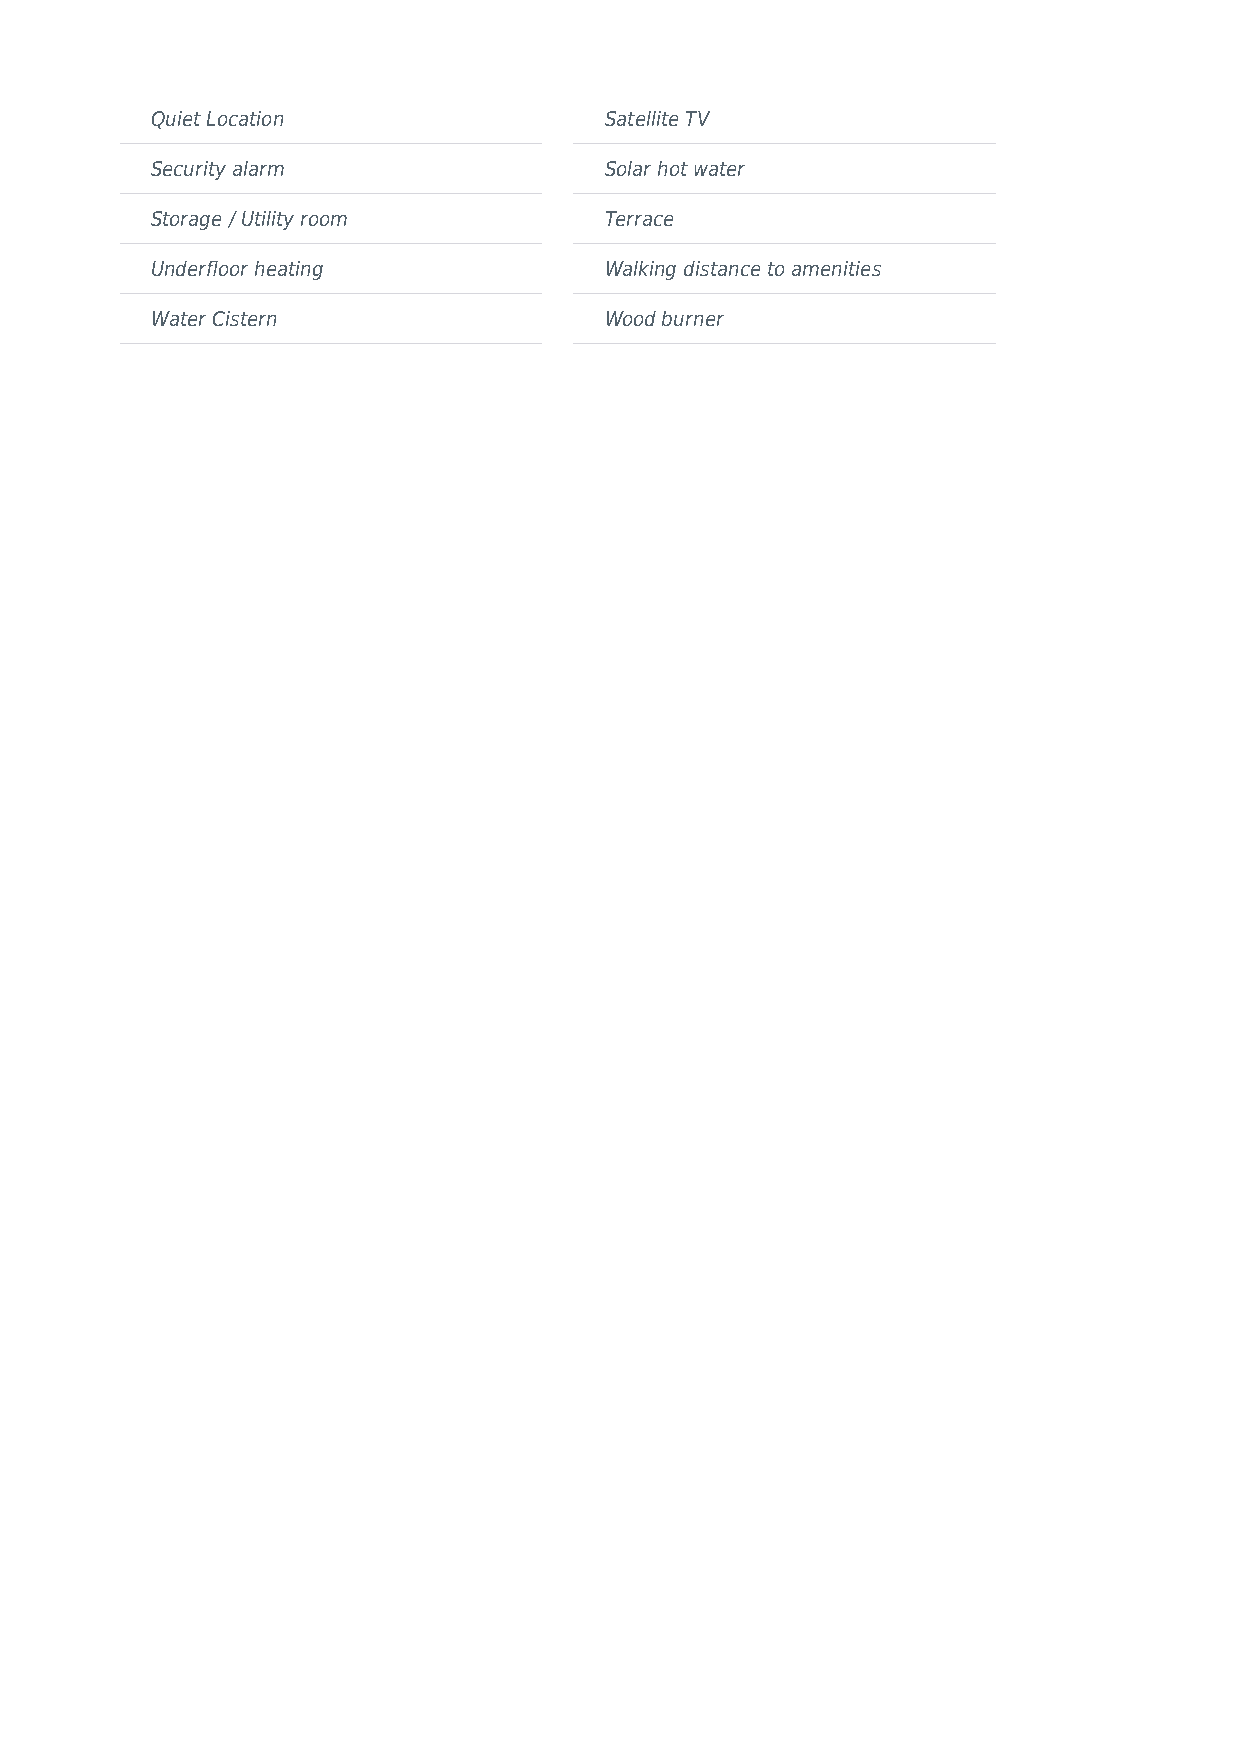
Quiet Location                Satellite TV
 Security alarm                Solar hot water
 Storage / Utility room        Terrace
 Underfloor heating            Walking distance to amenities
 Water Cistern                 Wood burner